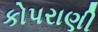
કોપરાણી